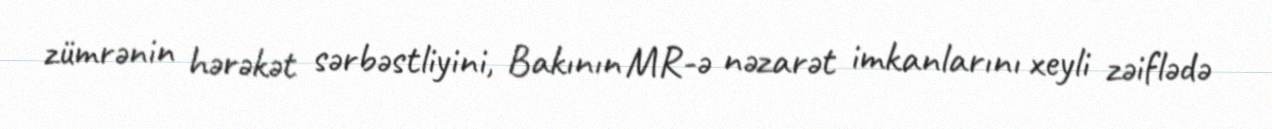
zümrənin hərəkət sərbəstliyini, Bakının MR-ə nəzarət imkanlarını xeyli zəiflədə